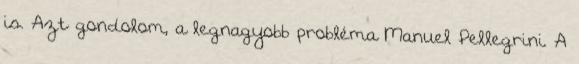
is. Azt gondolom, a legnagyobb probléma Manuel Pellegrini. A